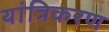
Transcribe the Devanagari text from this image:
यांत्रिकरण